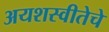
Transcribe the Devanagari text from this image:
अयशस्वीतेचे